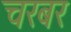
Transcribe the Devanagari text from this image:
चरबर